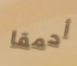
أحمقا